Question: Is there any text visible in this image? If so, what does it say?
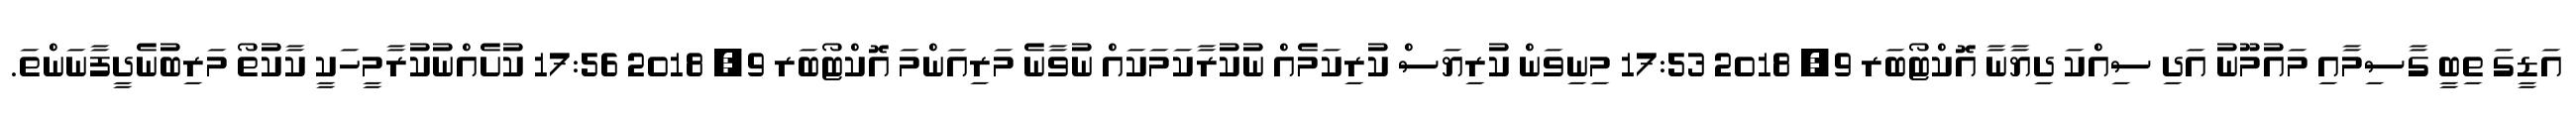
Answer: އަޑީގަ ތިބީ ގާސިމާއި މައުމޫނު އަދި ސިއްކަ ދިޔާނާ އޮކްޓޯބަރ 9, 2018 17:53 މިނިވަން ކުރިޔަސް ކުރިކަމެއް ނުކުރާކަމަކައް ނުވާނެ މަރިއަންމަ އޮކްޓޯބަރ 9, 2018 17:56 ކުށެއްނުކުރާމީހަކީ ކާކުތޯ މަރިބުނެދީފާނަންތަ.